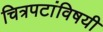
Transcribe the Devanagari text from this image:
चित्रपटांविषयी